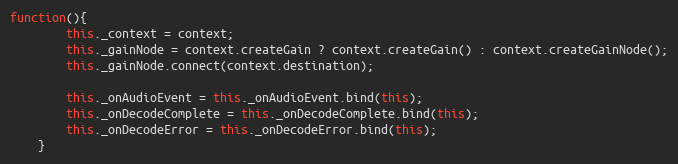
Language: JavaScript
function(){
        this._context = context;
        this._gainNode = context.createGain ? context.createGain() : context.createGainNode();
        this._gainNode.connect(context.destination);

        this._onAudioEvent = this._onAudioEvent.bind(this);
        this._onDecodeComplete = this._onDecodeComplete.bind(this);
        this._onDecodeError = this._onDecodeError.bind(this);
    }